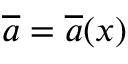
\overline { { { a } } } = \overline { { { a } } } ( x )